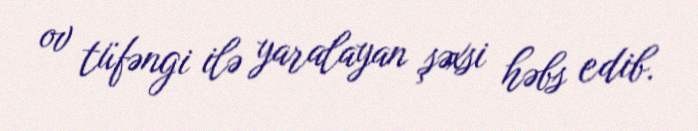
ov tüfəngi ilə yaralayan şəxsi həbs edib.